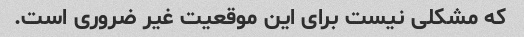
که مشکلی نیست برای این موقعیت غیر ضروری است.